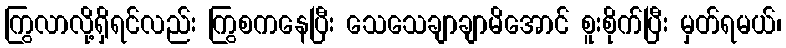
ကြွလာလို့ရှိရင်လည်း ကြွစကနေပြီး သေသေချာချာမိအောင် စူးစိုက်ပြီး မှတ်ရမယ်၊